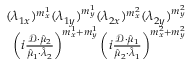
\begin{array} { r } { ( \lambda _ { 1 x } ) ^ { m _ { x } ^ { 1 } } ( \lambda _ { 1 y } ) ^ { m _ { y } ^ { 1 } } ( \lambda _ { 2 x } ) ^ { m _ { x } ^ { 2 } } ( \lambda _ { 2 y } ) ^ { m _ { y } ^ { 2 } } } \\ { \left( i \frac { \mathcal { D } \cdot \hat { \mu } _ { 2 } } { \hat { \mu } _ { 1 } \cdot \hat { \lambda } _ { 2 } } \right) ^ { m _ { x } ^ { 1 } + m _ { y } ^ { 1 } } \left( i \frac { \mathcal { D } \cdot \hat { \mu } _ { 1 } } { \hat { \mu } _ { 2 } \cdot \hat { \lambda } _ { 1 } } \right) ^ { m _ { x } ^ { 2 } + m _ { y } ^ { 2 } } } \end{array}